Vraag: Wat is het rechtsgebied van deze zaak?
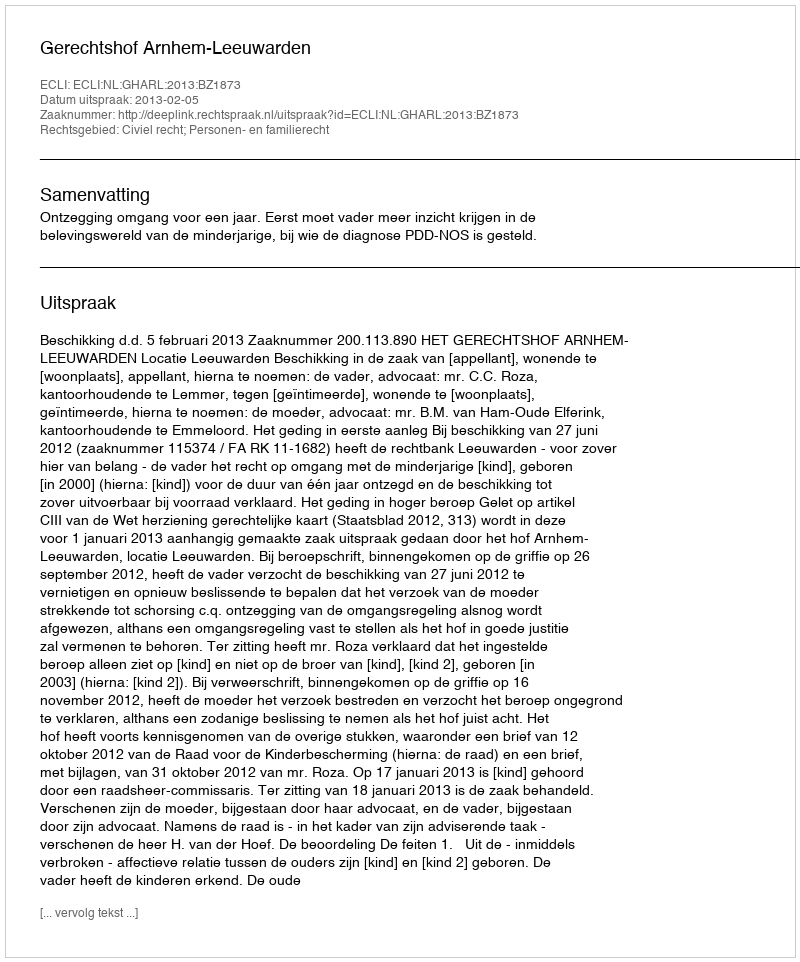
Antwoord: Civiel recht; Personen- en familierecht